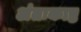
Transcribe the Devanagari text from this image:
अंतःकाष्ठ